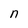
Character: n